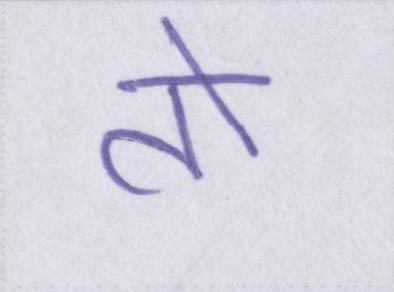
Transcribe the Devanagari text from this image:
तो